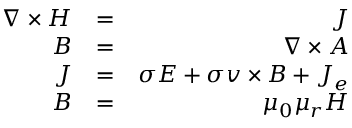
\begin{array} { r l r } { \nabla \times \ensuremath { \boldsymbol { H } } } & { = } & { \ensuremath { \boldsymbol { J } } } \\ { \ensuremath { \boldsymbol { B } } } & { = } & { \nabla \times \ensuremath { \boldsymbol { A } } } \\ { \ensuremath { \boldsymbol { J } } } & { = } & { \sigma \ensuremath { \boldsymbol { E } } + \sigma \ensuremath { \boldsymbol { v } } \times \ensuremath { \boldsymbol { B } } + \ensuremath { \boldsymbol { J } } _ { e } } \\ { \ensuremath { \boldsymbol { B } } } & { = } & { \mu _ { 0 } \mu _ { r } \ensuremath { \boldsymbol { H } } } \end{array}